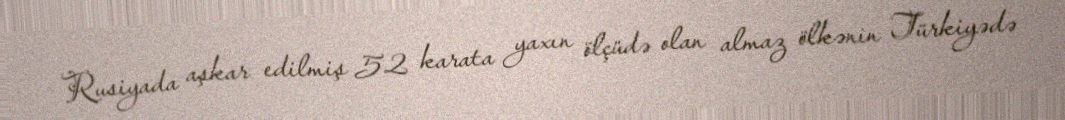
Rusiyada aşkar edilmiş 52 karata yaxın ölçüdə olan almaz ölkənin Türkiyədə